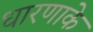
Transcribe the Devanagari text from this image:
धारणाके